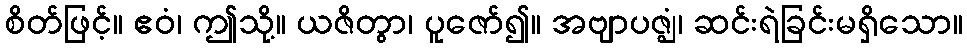
စိတ်ဖြင့်။ ဧဝံ၊ ဤသို့။ ယဇိတွာ၊ ပူဇော်၍။ အဗျာပဇ္ဈံ၊ ဆင်းရဲခြင်းမရှိသော။